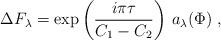
LaTeX: \begin{align*}\Delta F_\lambda= \exp\left(\frac{i\pi\tau}{C_1-C_2}\right)\,a_\lambda(\Phi)\;,\end{align*}